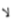
لا